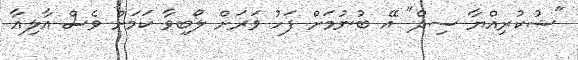
"ޝުކުރިއްޔާ ސިދް" އޭ ބުނުމަށް ފަހު ވަރަށް ލޯބިވާ ކަމަށް ވެސް އާލިއާ